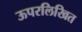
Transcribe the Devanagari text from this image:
ऊपरलिखित